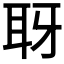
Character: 𦕆